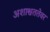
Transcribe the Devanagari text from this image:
अशाश्वततेवर